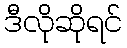
ဒီလိုဆိုရင်